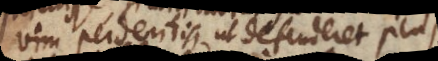
vim perdentis, ut defenderet plus